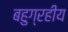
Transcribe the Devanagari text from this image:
बहुग्रहीय